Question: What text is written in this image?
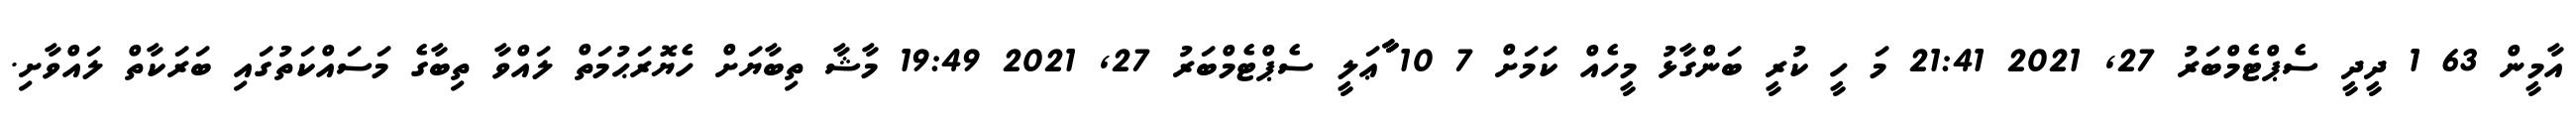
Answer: އާމީން 63 1 ދީދީ ސެޕްޓެމްބަރު 27, 2021 21:41 މަ ހީ ކުރީ ބަންގާޅު މީހެއް ކަމަށް 7 10 ާާާޢަލީ ސެޕްޓެމްބަރު 27, 2021 19:49 މާޝާ ތިބާޔަށް ހެޔޮރަޙުމަތް ލައްވާ ތިބާގެ މަސައްކަތުގައި ބަރަކާތް ލައްވާށި.